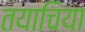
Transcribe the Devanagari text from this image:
तयाचिया